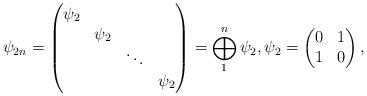
LaTeX: \begin{align*}\psi_{2n} = \begin{pmatrix}\psi_{2} \\ &\psi_{2} \\ && \ddots \\ &&&\psi_{2}\end{pmatrix} = \bigoplus_{1}^{n}\psi_{2}, \psi_{2} = \begin{pmatrix}0 & 1 \\1 & 0\end{pmatrix},\end{align*}